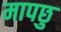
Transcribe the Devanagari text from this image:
मापछु